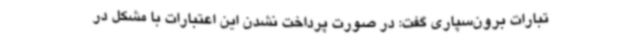
تبارات برون‌سپاری گفت: در صورت پرداخت نشدن این اعتبارات با مشکل در